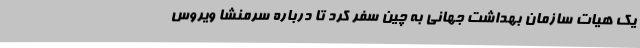
یک هیات سازمان بهداشت جهانی به چین سفر کرد تا درباره سرمنشا ویروس